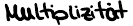
Multiplizität